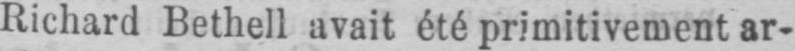
Richard Bethell avait été primitivement ar-